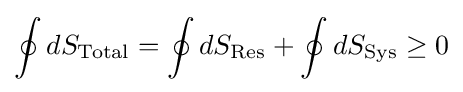
\oint dS_{\text{Total}}=\oint dS_{\text{Res}}+\oint dS_{\text{Sys}}\geq 0